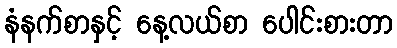
နံနက်စာနှင့် နေ့လယ်စာ ပေါင်းစားတာ